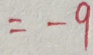
= - 9